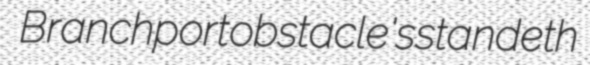
Branchport obstacle's standeth